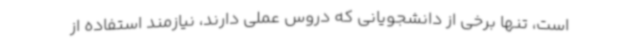
است، تنها برخی از دانشجویانی که دروس عملی دارند، نیازمند استفاده از